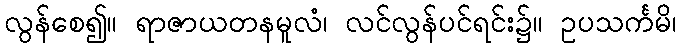
လွန်စေ၍။ ရာဇာယတနမူလံ၊ လင်လွန်ပင်ရင်း၌။ ဥပသင်္ကမိ၊